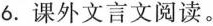
6.课外文言文阅读。